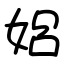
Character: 㛎